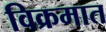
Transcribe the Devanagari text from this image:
विक्रमात